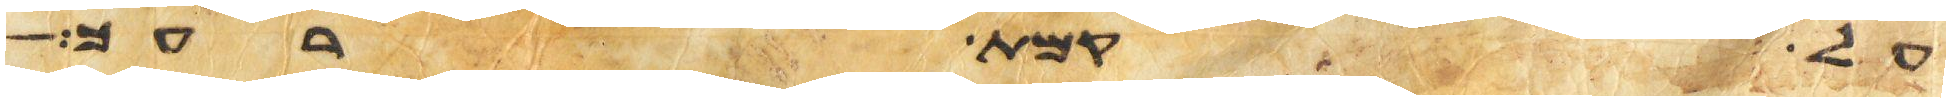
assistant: על קמת רעך